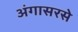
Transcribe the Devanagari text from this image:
अंगासरसे